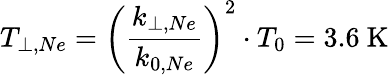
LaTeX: T_{\perp,Ne}=\biggl(\frac{k_{\perp,Ne}}{k_{0,Ne}}\biggr)^{2}\cdot T_{0}=3.6~\mathrm{K}